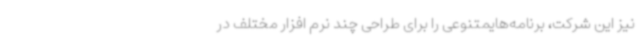
نیز این شرکت، برنامه‌هایمتنوعی را برای طراحی چند نرم افزار مختلف در